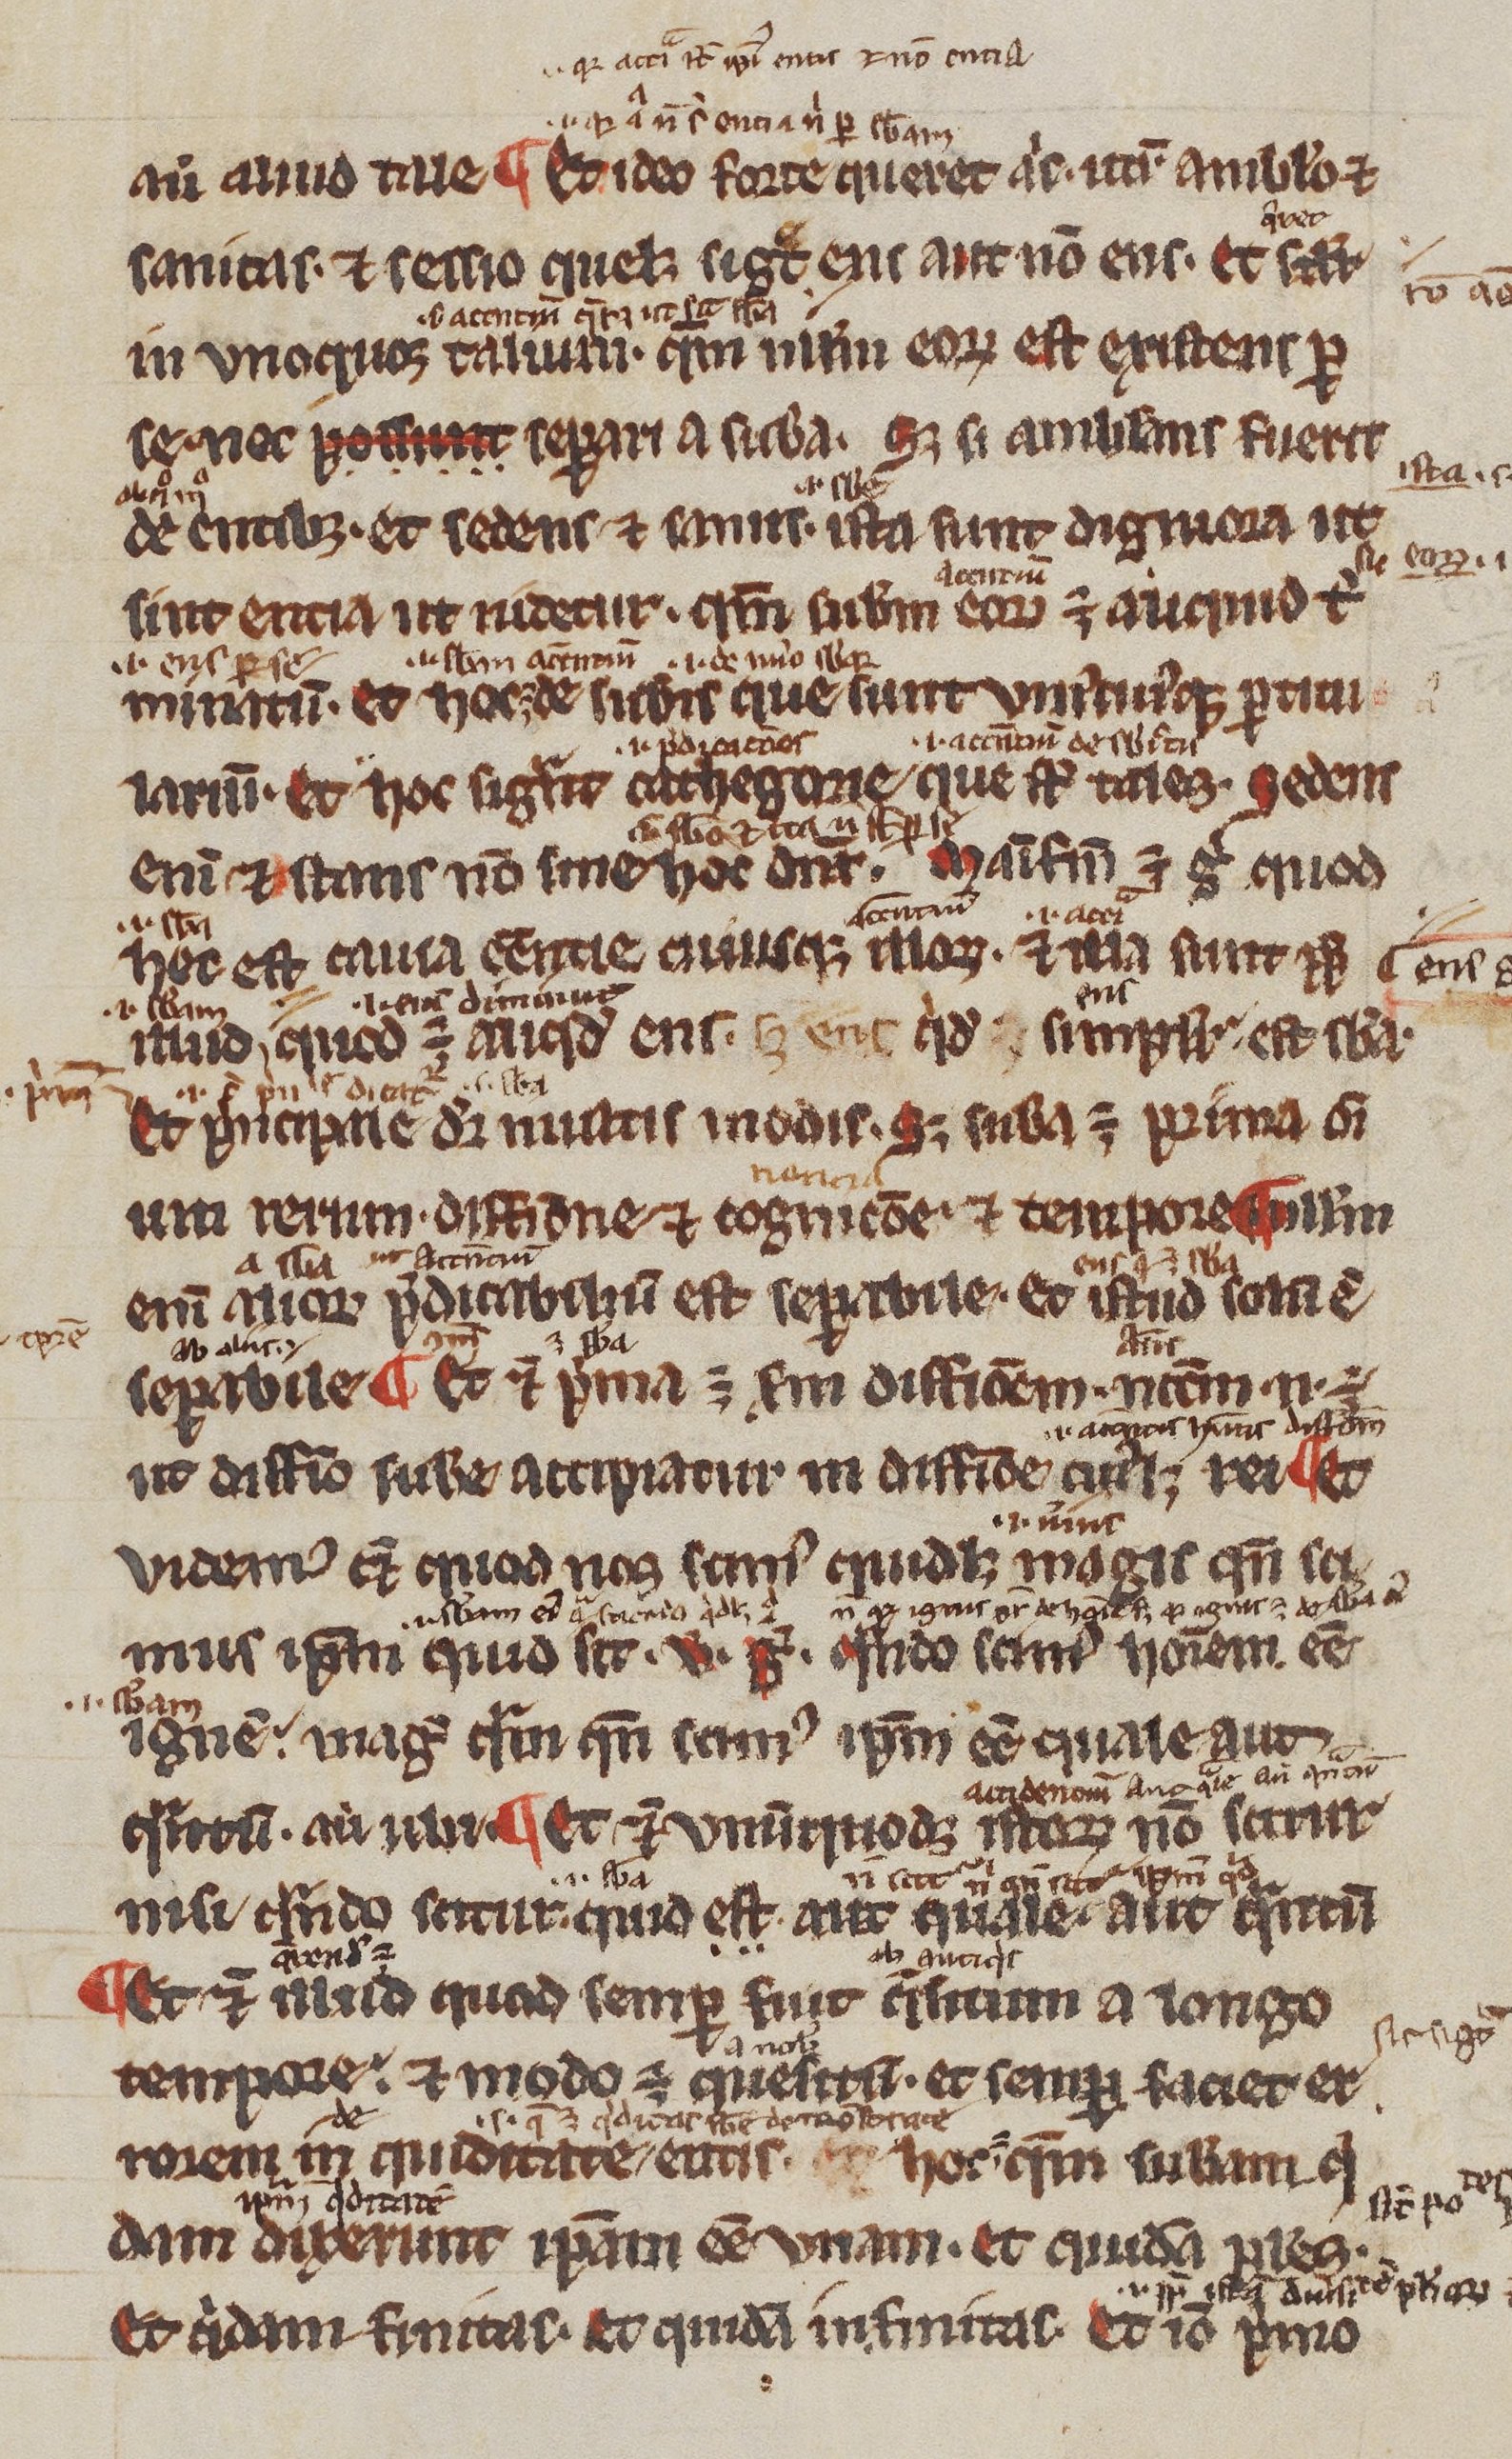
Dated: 1200–1299